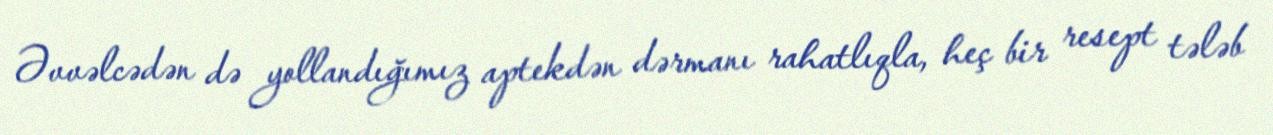
Əvvəlcədən də yollandığımız aptekdən dərmanı rahatlıqla, heç bir resept tələb